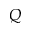
Q